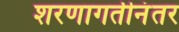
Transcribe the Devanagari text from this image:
शरणागतीनंतर